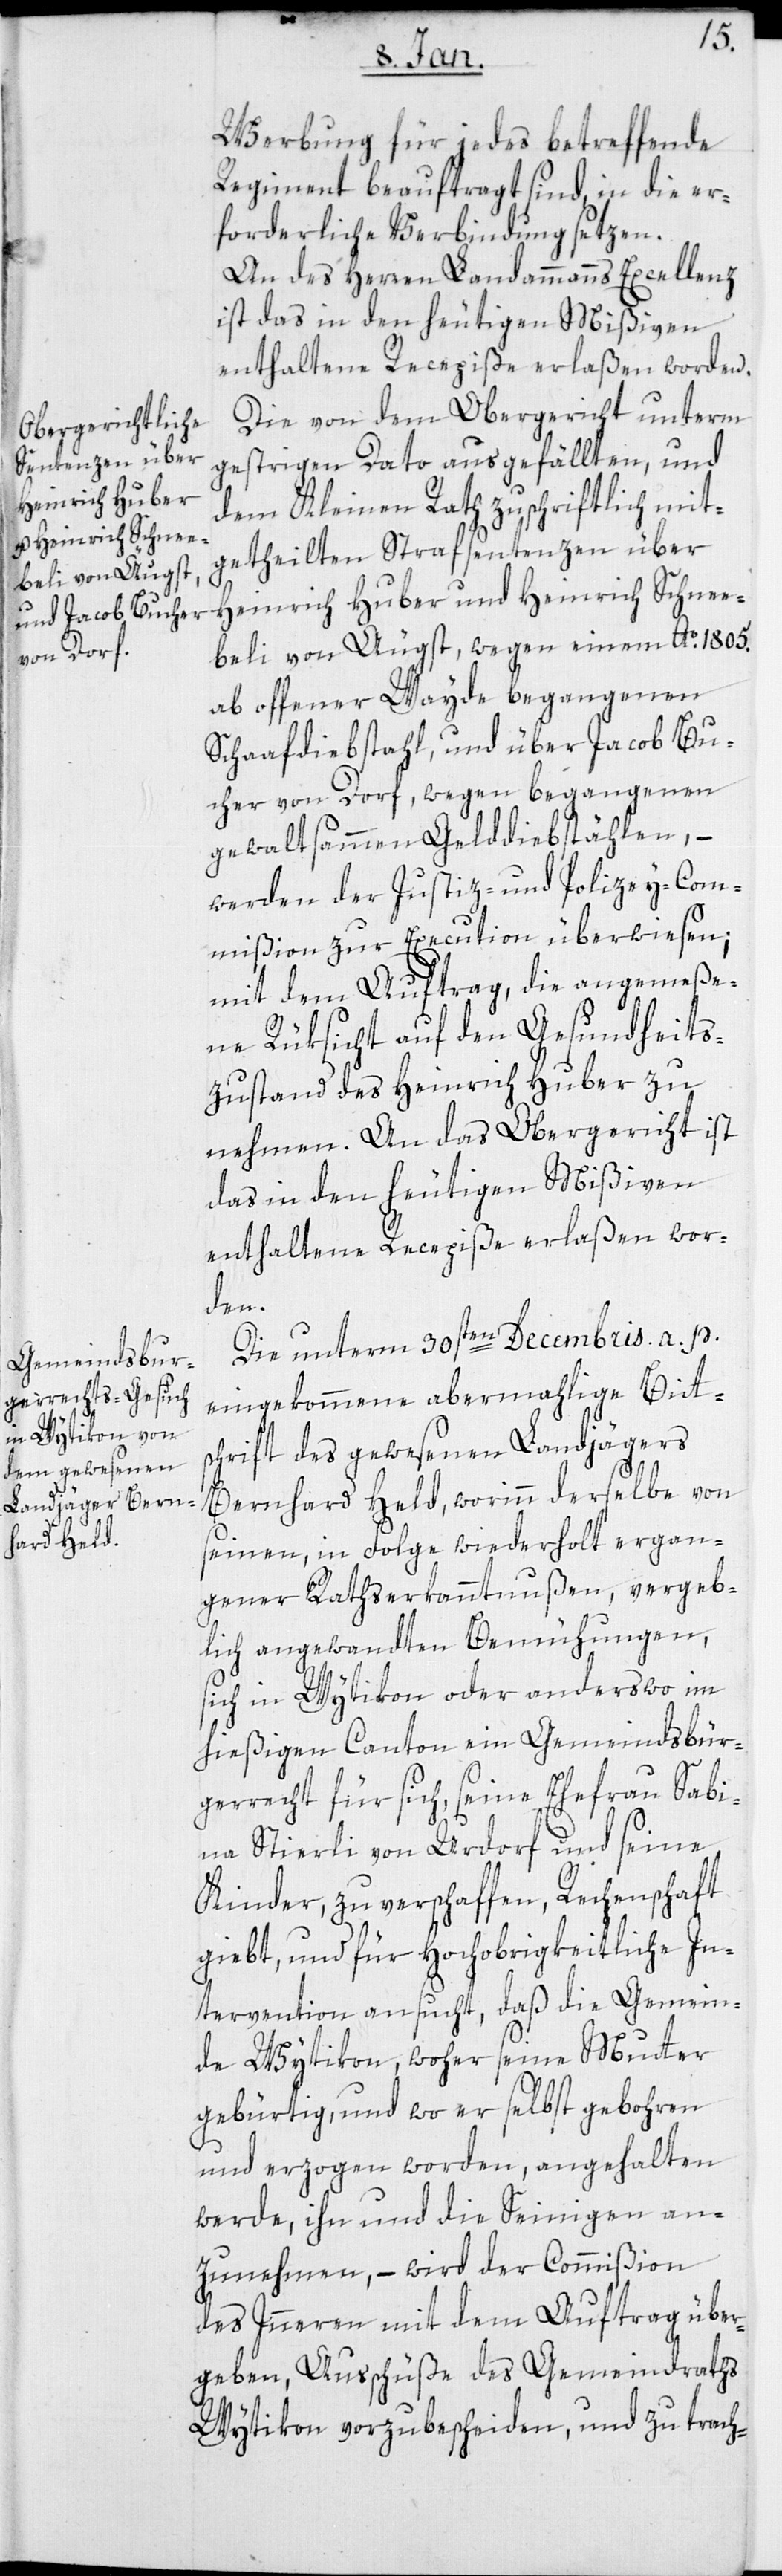
Werbung für jedes betreffende
Regiment beauftragt sind, in die er¬
forderliche Verbindung zu setzen.
An des Herren Landammanns Excellenz
ist das in den heutigen Mißiven
enthaltene Recepiße erlaßen worden.
Die von dem Obergericht unterm
gestrigen Dato ausgefällten, und
dem Kleinen Rath zuschriftlich mit¬
getheilten Strafsentenzen über
Heinrich Huber und Heinrich Schnee¬
beli von Aeugst, wegen einem Ao. 1805
ab offener Wayde begangenen
Schafdiebstahl, und über Jacob Bu¬
cher von Dorf, wegen begangenen
gewaltsammen Gelddiebstählen, –
werden der Justiz- und Polizei-Com¬
mißion zur Execution überwiesen;
mit dem Auftrag, die angemesse¬
ne Rücksicht auf den Gesundheits¬
zustand des Heinrich Huber zu
nehmen. An das Obergericht ist
das in den heutigen Mißiven
enthaltene Recepiße erlassen wor¬
den.
Die unterm 30sten Decembris a. p.
eingekommene abermalige Bitts¬
chrift des gewesenen Landjägers
Bernhard Held, worinn derselbe von
seinen, in Folge wiederholt ergan¬
gener Rathserkanntnußen, vergeb¬
lich angewandten Bemühungen,
sich in Wytikon oder anderswo im
hießigen Canton ein Gemeindsbür¬
gerrecht für sich, seine Ehefrau Sabi¬
na Stierli von Urdorf und seine
Kinder, zu verschaffen, Rechenschaft
gibt, und für hochobrigkeitliche In¬
tervention ansucht, daß die Gemein¬
de Wytikon, woher seine Mutter
gebürtig und wo er selbst geboren
und erzogen worden, angehalten
werde, ihn und die Seinigen an¬
zunehmen, – wird der Commißion
des Innern mit dem Auftrag über¬
geben, Ausschüße des Gemeindrats
Witikon vorzubescheiden, und zu trach-